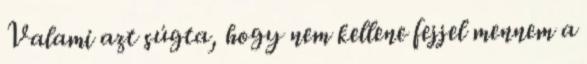
Valami azt súgta, hogy nem kellene fejjel mennem a